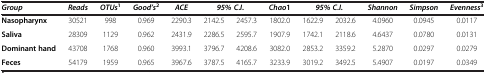
<table><thead><tr><td><b><i>Group</i></b></td><td><b><i>Reads</i></b></td><td><b><i>OTUs</i><sup>1</sup></b></td><td><b><i>Good’</i><i>s</i><sup>2</sup></b></td><td><b><i>ACE</i></b></td><td colspan="2"><b><i>95% </i><i>C</i>. <i>I </i>.</b></td><td><b><i>Chao</i>1</b></td><td colspan="2"><b><i>95% </i><i>C</i>. <i>I </i>.</b></td><td><b><i>Shannon</i></b></td><td><b><i>Simpson</i></b></td><td><b><i>Evenness</i><sup>3</sup></b></td></tr></thead><tbody><tr><td><b>Nasopharynx</b></td><td>30521</td><td>998</td><td>0.969</td><td>2290.3</td><td>2142.5</td><td>2457.3</td><td>1802.0</td><td>1622.9</td><td>2032.6</td><td>4.0960</td><td>0.0945</td><td>0.0117</td></tr><tr><td><b>Saliva</b></td><td>28309</td><td>1129</td><td>0.962</td><td>2431.9</td><td>2286.5</td><td>2595.7</td><td>1907.9</td><td>1742.1</td><td>2118.6</td><td>4.6437</td><td>0.0780</td><td>0.0131</td></tr><tr><td><b>Dominant hand</b></td><td>43708</td><td>1768</td><td>0.960</td><td>3993.1</td><td>3796.7</td><td>4208.6</td><td>3082.0</td><td>2853.2</td><td>3359.2</td><td>5.2870</td><td>0.0297</td><td>0.0279</td></tr><tr><td><b>Feces</b></td><td>54179</td><td>1959</td><td>0.965</td><td>3967.6</td><td>3787.5</td><td>4165.7</td><td>3233.9</td><td>3019.2</td><td>3492.5</td><td>5.4907</td><td>0.0197</td><td>0.0349</td></tr></tbody></table>